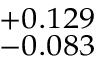
^ { + 0 . 1 2 9 } _ { - 0 . 0 8 3 }